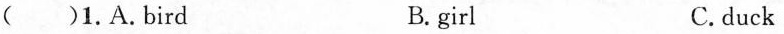
( )1.A.Bird B.girl C.duck